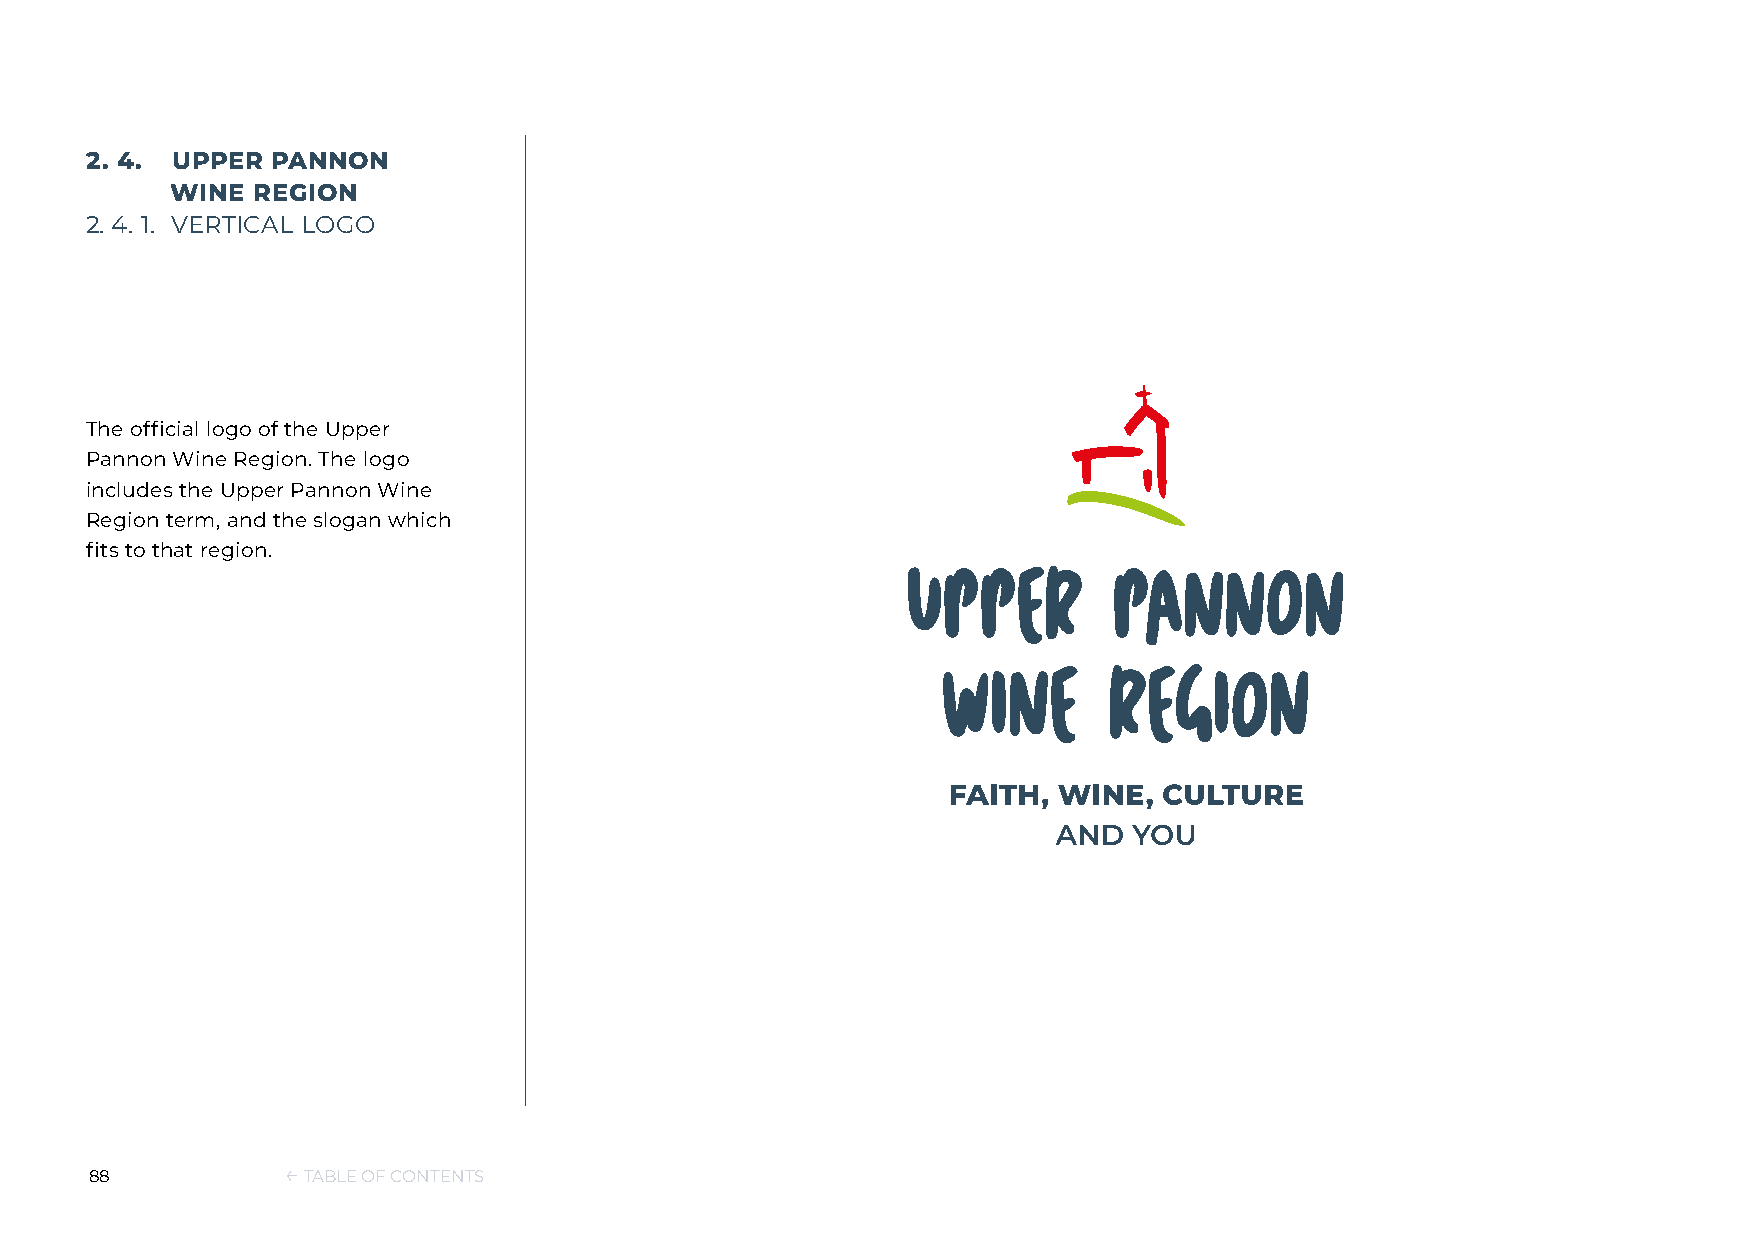
2. 4. UPPER PANNON
 WINE  REGION
 2. 4. 1. VERTICAL LOGO
 The official logo of the Upper
 Pannon Wine Region. The logo
 includes the Upper Pannon Wine
 Region term, and the slogan which
 fits to that region.
 88           ← TABLE OF CONTENTS